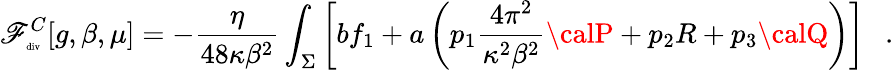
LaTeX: \mathscr{F}_{\tiny\mathrm{{div}}}^{C}[g,\beta,\mu]=-{\frac{{\eta}}{{48\kappa\beta^{2}}}}\int_{\Sigma}\left[bf_{1}+a\left(p_{1}{\frac{{4\pi^{2}}}{{\kappa^{2}\beta^{2}}}}{\calP}+p_{2}R+p_{3}{\calQ}\right)\right]~~~.